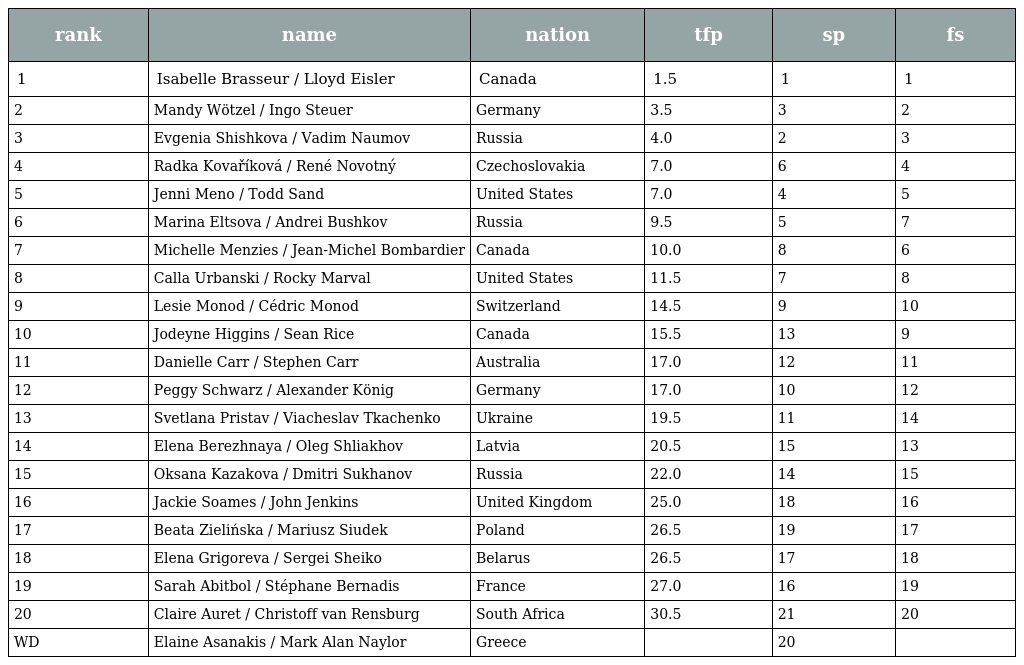
| rank | name | nation | tfp | sp | fs |
 | --- | --- | --- | --- | --- | --- |
 | 1 | Isabelle Brasseur / Lloyd Eisler | Canada | 1.5 | 1 | 1 |
 | 2 | Mandy Wötzel / Ingo Steuer | Germany | 3.5 | 3 | 2 |
 | 3 | Evgenia Shishkova / Vadim Naumov | Russia | 4.0 | 2 | 3 |
 | 4 | Radka Kovaříková / René Novotný | Czechoslovakia | 7.0 | 6 | 4 |
 | 5 | Jenni Meno / Todd Sand | United States | 7.0 | 4 | 5 |
 | 6 | Marina Eltsova / Andrei Bushkov | Russia | 9.5 | 5 | 7 |
 | 7 | Michelle Menzies / Jean-Michel Bombardier | Canada | 10.0 | 8 | 6 |
 | 8 | Calla Urbanski / Rocky Marval | United States | 11.5 | 7 | 8 |
 | 9 | Lesie Monod / Cédric Monod | Switzerland | 14.5 | 9 | 10 |
 | 10 | Jodeyne Higgins / Sean Rice | Canada | 15.5 | 13 | 9 |
 | 11 | Danielle Carr / Stephen Carr | Australia | 17.0 | 12 | 11 |
 | 12 | Peggy Schwarz / Alexander König | Germany | 17.0 | 10 | 12 |
 | 13 | Svetlana Pristav / Viacheslav Tkachenko | Ukraine | 19.5 | 11 | 14 |
 | 14 | Elena Berezhnaya / Oleg Shliakhov | Latvia | 20.5 | 15 | 13 |
 | 15 | Oksana Kazakova / Dmitri Sukhanov | Russia | 22.0 | 14 | 15 |
 | 16 | Jackie Soames / John Jenkins | United Kingdom | 25.0 | 18 | 16 |
 | 17 | Beata Zielińska / Mariusz Siudek | Poland | 26.5 | 19 | 17 |
 | 18 | Elena Grigoreva / Sergei Sheiko | Belarus | 26.5 | 17 | 18 |
 | 19 | Sarah Abitbol / Stéphane Bernadis | France | 27.0 | 16 | 19 |
 | 20 | Claire Auret / Christoff van Rensburg | South Africa | 30.5 | 21 | 20 |
 | WD | Elaine Asanakis / Mark Alan Naylor | Greece |  | 20 |  |